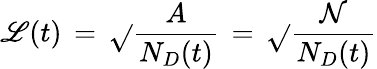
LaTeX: \mathscr{L}(t)\, =\, \sqrt{}{{\frac{{A}}{{N_{D}(t)}}}}\, =\, \sqrt{}{{\frac{{\mathcal{{N}}}}{{N_{D}(t)}}}}